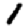
Digit: 1